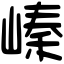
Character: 𡻈